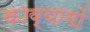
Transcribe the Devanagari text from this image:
काव्यागों